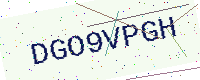
Text: DGO9VPGH